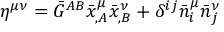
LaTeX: \eta ^ { \mu \nu } = \bar { G } ^ { A B } \bar { x } _ { , A } ^ { \mu } \bar { x } _ { , B } ^ { \nu } + \delta ^ { i j } \bar { n } _ { i } ^ { \mu } \bar { n } _ { j } ^ { \nu }